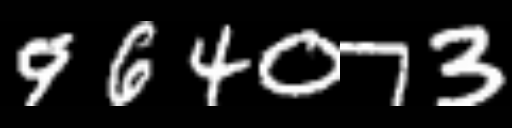
Text: 964073